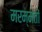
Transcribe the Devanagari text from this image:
मरम्मतों